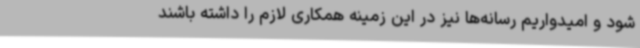
شود و امیدواریم رسانه‌ها نیز در این زمینه همکاری لازم را داشته باشند